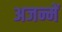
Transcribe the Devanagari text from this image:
अजन्में